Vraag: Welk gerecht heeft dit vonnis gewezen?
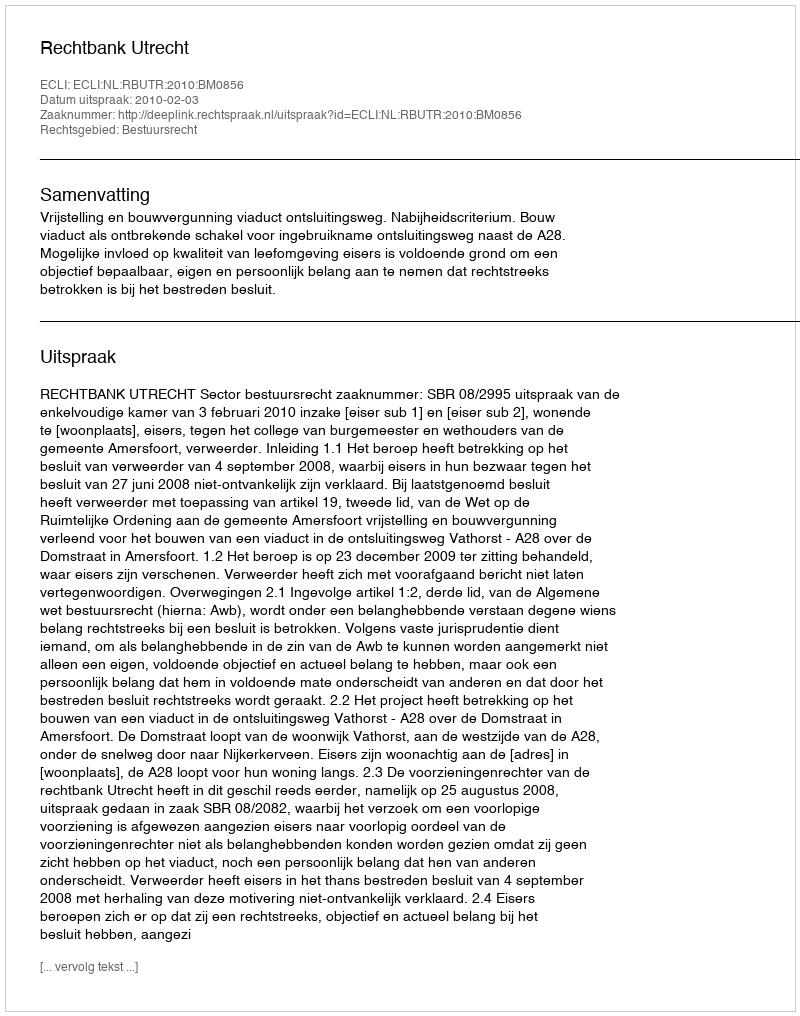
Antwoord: Rechtbank Utrecht